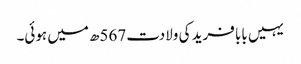
یہیں بابا فرید کی ولادت 567ھ میں ہوئی۔